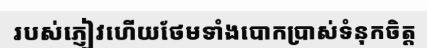
របស់ភ្ញៀវហើយថែមទាំងបោកប្រាស់ទំនុកចិត្ត